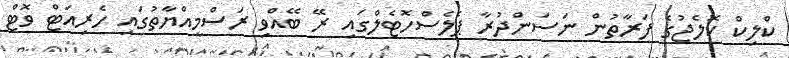
ކްލިކް ކޮލެޖުގެ ފަރާތުން ނަސަންދުރާ ޕެލެސްހޮޓެލްގައި ރޭ ބޭއްވި ރަސްމީއްޔާތުގައި ހެރިއަޓް ވޮޓް